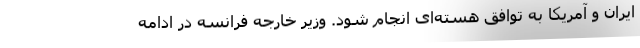
ایران و آمریکا به توافق هسته‌ای انجام شود. وزیر خارجه فرانسه در ادامه